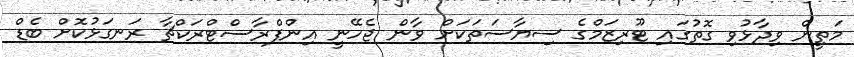
މަތީން ވިދާޅުވި ގޮތުގައި ޓޫރިޒަމްގެ ސިޔާސަތަކަށް ވާން ޖެހޭނީ އިންފްރާސްޓްރަކްޗާ ރަނގަޅުކޮށް ބެޑް